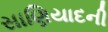
સાણિયાદની